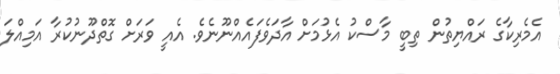
އެމެރިކާގެ ރައްޔިތުން ތިބީ މާސްކު އެޅުމަށް އާދަވެފައެއްނޫނެވެ. އެއީ ވަރަށް ގޮތްދޫނުކުރާ އަމިއްލަ